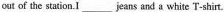
out of the station.I___jeans and a white T-shirt.